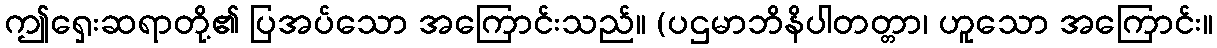
ဤရှေးဆရာတို့၏ ပြအပ်သော အကြောင်းသည်။ (ပဌမာဘိနိပါတတ္တာ၊ ဟူသော အကြောင်း။